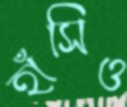
হাঁসিও